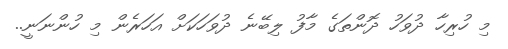
މި ހުރިހާ ދުވަހު ދޮންތަގެ މާފު ލިބޭނެ ދުވަހަކަށް އަހަރެން މި ހުންނަނީ..